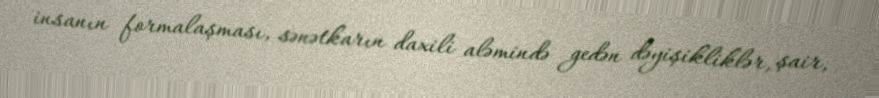
insanın formalaşması, sənətkarın daxili aləmində gedən dəyişikliklər, şair,